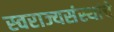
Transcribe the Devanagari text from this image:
स्वराज्यसंस्थांचे